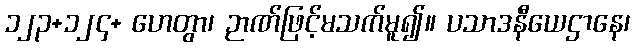
၁၂၃+၁၂၄+ ဟေတွာ၊ ဉာဏ်ဖြင့်မသက်မူ၍။ ပသာဒနီယေဌာနေ၊